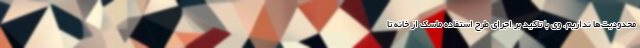
محدودیت‌ها نداریم. وی با تاکید بر اجرای طرح استفاده ماسک از خانه تا